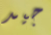
جيد